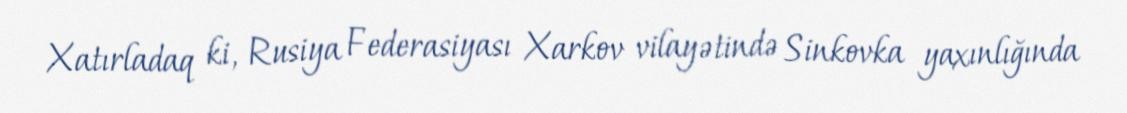
Xatırladaq ki, Rusiya Federasiyası Xarkov vilayətində Sinkovka yaxınlığında